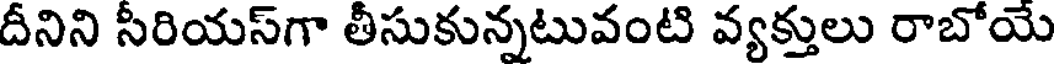
దీనిని సీరియస్గా తీసుకున్నటువంటి వ్యక్తులు రాబోయే